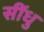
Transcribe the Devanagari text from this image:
सींधु